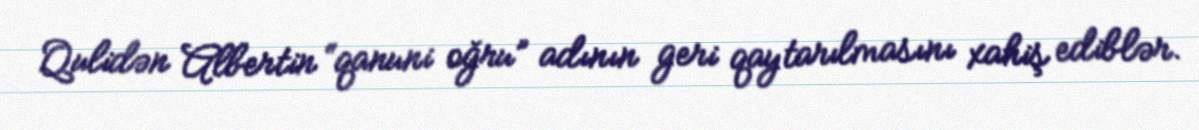
Qulidən Albertin “qanuni oğru” adının geri qaytarılmasını xahiş ediblər.